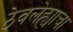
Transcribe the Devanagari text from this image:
ठेवलेह्याचा